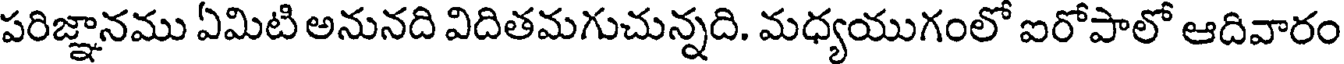
పరిజ్ఞానము ఏమిటి అనునది విదితమగుచున్నది. మధ్యయుగంలో ఐరోపాలో ఆదివారం